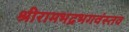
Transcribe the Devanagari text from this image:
श्रीरामभद्रभगवंस्तव